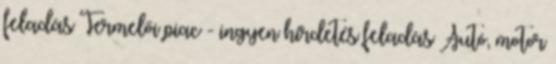
feladás Termelői piac - ingyen hirdetés feladás Autó, motor